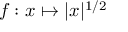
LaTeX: f : x \mapsto | x | ^ { 1 / 2 }